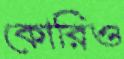
কোরিও